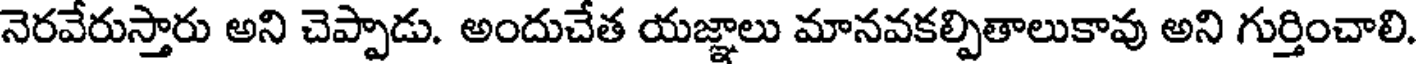
నెరవేరుస్తారు అని చెప్పాడు. అందుచేత యజ్ఞాలు మానవకల్పితాలుకావు అని గుర్తించాలి.